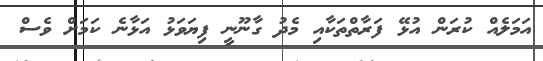
އަމަލެއް ކުރަން އުޅޭ ފަރާތްތަކާއި މެދު ގާނޫނީ ފިޔަވަޅު އަޅާނެ ކަމަށް ވެސް